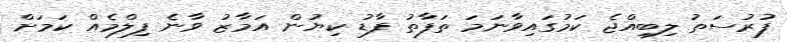
ފުރުސަތު ލިބިއްޖެ ކަމުގައިވާނަމަ ތަފާތު ފާޑު ކިޔުން އަމާޒު ވާނެ ފިލްމެއް ކަމަށް